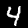
Digit: 4